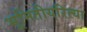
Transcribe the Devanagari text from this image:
भूमितीयरित्या